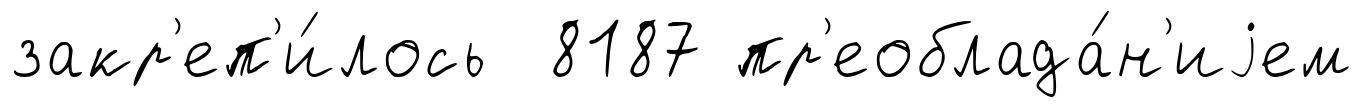
закр'еп'и́лось 8187 пр'еоблада́н'иjем